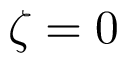
\zeta = 0